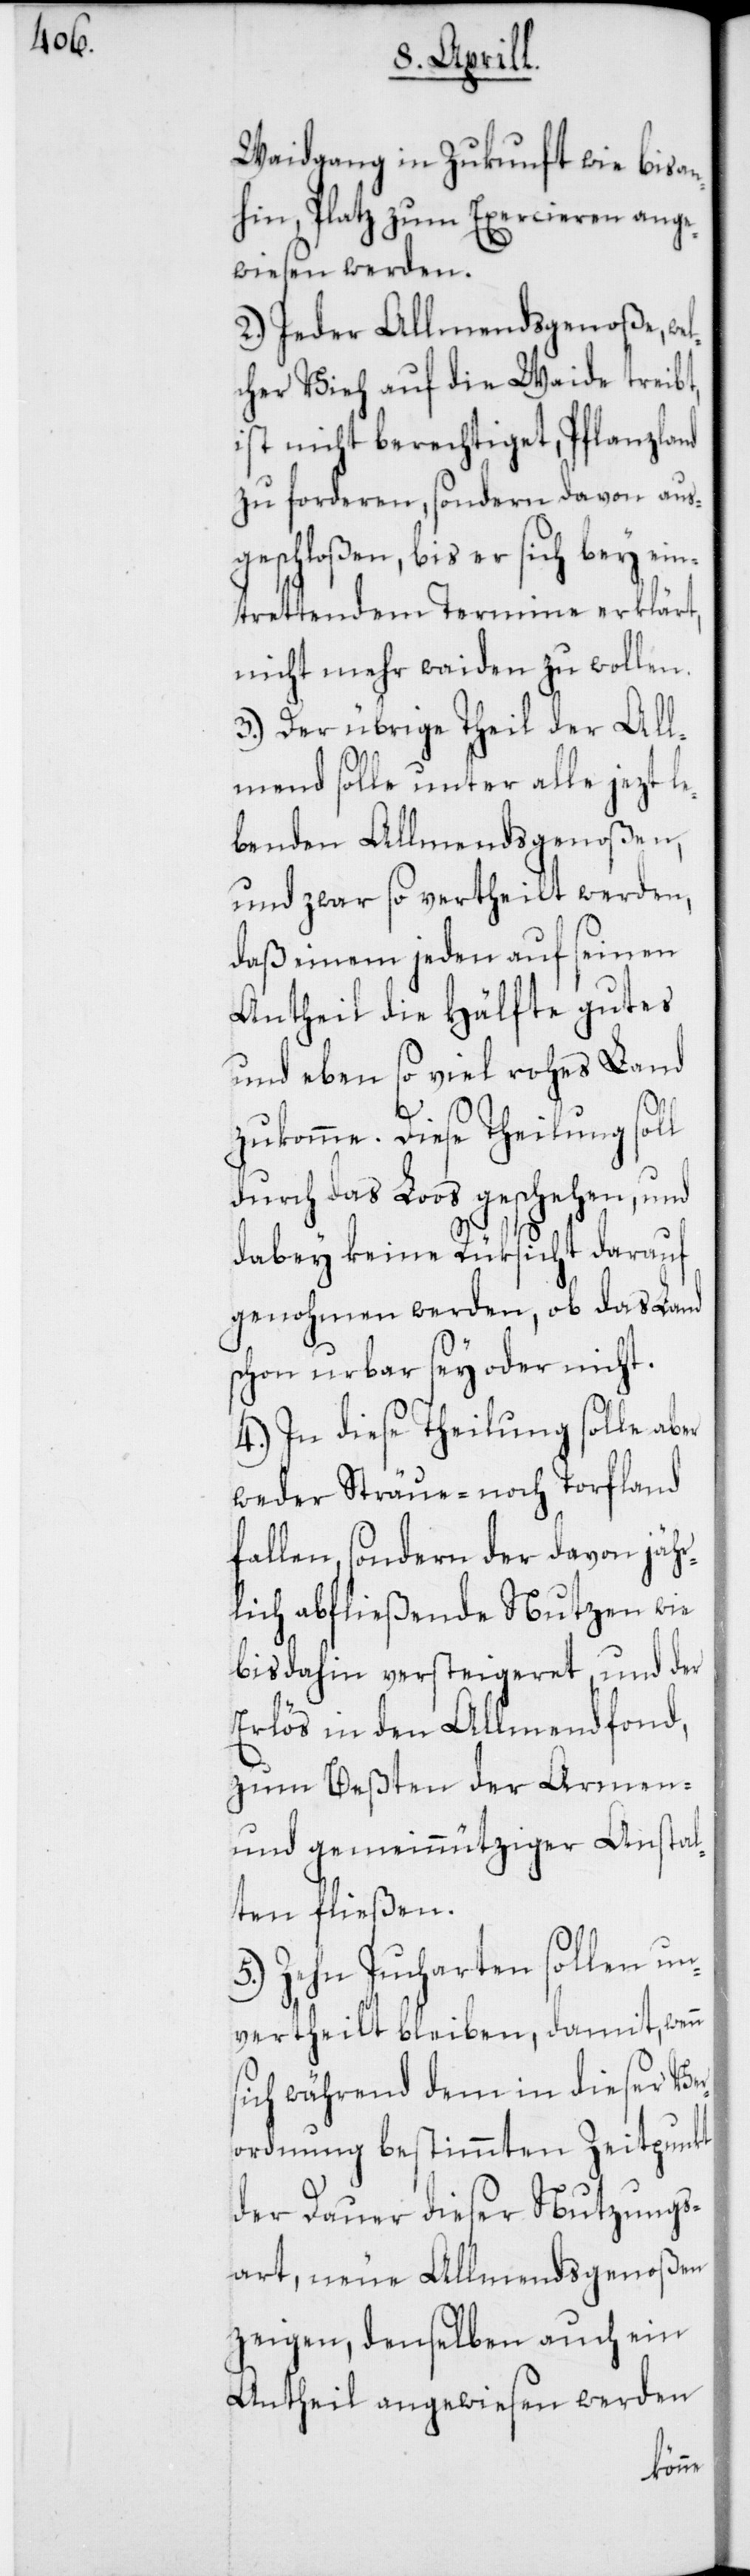
nicht.
Waidgang in Zukunft wie bis an¬
hin, Platz zum Exercieren ange¬
en,
wie
Allmendsgenoßen,
3.)
h auf die Weide treibt,
cher
echtiget, Pfl¬
ist
dern
auf
sich
ges¬
der
eret,
mehr wa¬
noch
rige
soll u¬
inen
ben¬
vert¬
das
An¬
un¬
In diese
gut¬
en
von
dur¬
aber
en wer¬
gen¬
schon
stal¬
4.)
weder Sträue-
fallen, sondern
lich abfließende
bis anhin versteig¬
Erlös in den Allmen¬
zum Beßten der
und gemeinnütziger
ten fließen.
5.) Zehn Jucharten soll¬
vertheilt bleiben, damit, wenn
sich während dem in dieser Ver¬
ordnung bestimmten Zeitpunkt
der Dauer dieser Nutzungs¬
art, neue Allmendsgenoßen
zeigen, demselben auch ein
Antheil angewiesen werden
dfond,